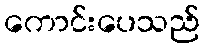
ကောင်းပေသည်